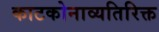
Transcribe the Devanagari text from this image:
काटकोनाव्यतिरिक्त